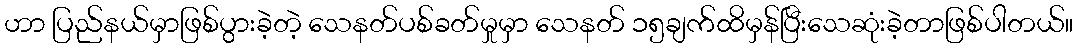
ဟာ ပြည်နယ်မှာဖြစ်ပွားခဲ့တဲ့ သေနတ်ပစ်ခတ်မှုမှာ သေနတ် ၁၅ချက်ထိမှန်ပြီးသေဆုံးခဲ့တာဖြစ်ပါတယ်။